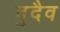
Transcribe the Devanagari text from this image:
दुदैव